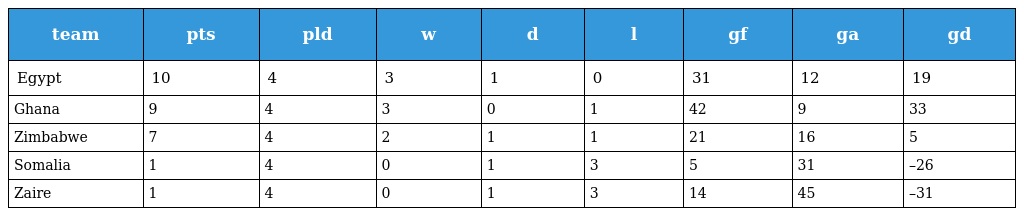
| team | pts | pld | w | d | l | gf | ga | gd |
 | --- | --- | --- | --- | --- | --- | --- | --- | --- |
 | Egypt | 10 | 4 | 3 | 1 | 0 | 31 | 12 | 19 |
 | Ghana | 9 | 4 | 3 | 0 | 1 | 42 | 9 | 33 |
 | Zimbabwe | 7 | 4 | 2 | 1 | 1 | 21 | 16 | 5 |
 | Somalia | 1 | 4 | 0 | 1 | 3 | 5 | 31 | –26 |
 | Zaire | 1 | 4 | 0 | 1 | 3 | 14 | 45 | –31 |